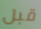
قبل